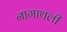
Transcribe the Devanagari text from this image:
नागाथली